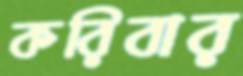
করিবার